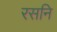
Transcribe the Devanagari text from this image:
रसनि